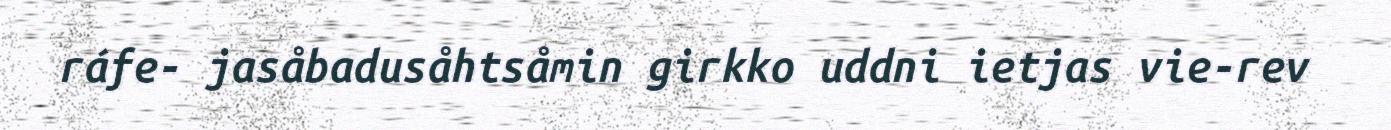
ráfe- jasåbadusåhtsåmin girkko uddni ietjas vie-rev